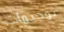
توجيهات